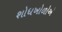
શોધખોળોએ